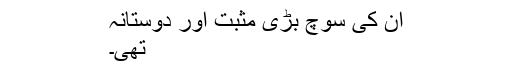
ان کی سوچ بڑی مثبت اور دوستانہ
تھی۔